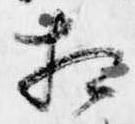
相